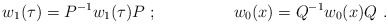
\begin{align*}w_1(\tau)=P^{-1} w_1(\tau) P~;~~~~~~~~~~~~~~ w_0(x)=Q^{-1} w_0(x) Q~.\end{align*}